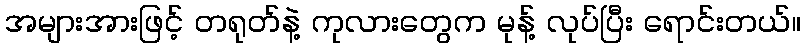
အများအားဖြင့် တရုတ်နဲ့ ကုလားတွေက မုန့် လုပ်ပြီး ရောင်းတယ်။